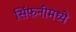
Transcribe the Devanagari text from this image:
सिंफनींमध्ये